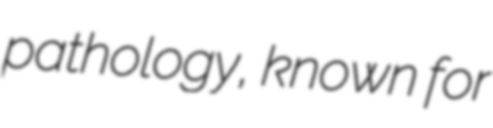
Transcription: pathology, known for